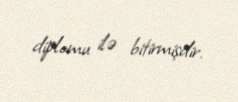
diplomu ilə bitirmişdir.